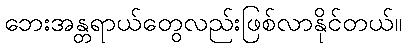
ဘေးအန္တရာယ်တွေလည်းဖြစ်လာနိုင်တယ်။